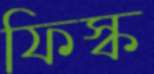
ফিস্ক